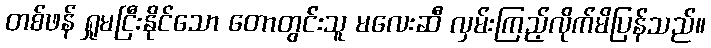
တစ်ဖန် ရှုမငြီးနိုင်သော တောတွင်းသူ မလေးဆီ လှမ်းကြည့်လိုက်မိပြန်သည်။